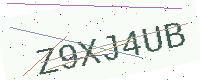
Text: Z9XJ4UB